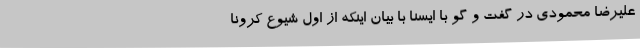
علیرضا محمودی در گفت و گو با ایسنا با بیان اینکه از اول شیوع کرونا